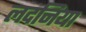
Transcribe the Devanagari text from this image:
लदनिया